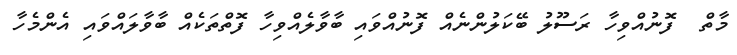
މާތް  ފޮނުއްވިހާ ރަސޫލު ބޭކަލުންނެއް ފޮނުއްވައި ބާވާލެއްވިހާ ފޮތްތަކެއް ބާވާލައްވައި އެންމެހާ